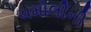
ચમોલીની